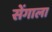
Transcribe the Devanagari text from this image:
सेंगाला